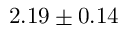
2 . 1 9 \pm 0 . 1 4